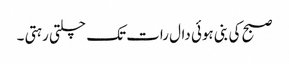
صبح کی بنی ہوئی دال رات تک چلتی رہتی ۔